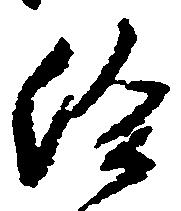
給